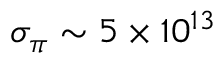
\sigma _ { \pi } \sim 5 \times 1 0 ^ { 1 3 }